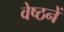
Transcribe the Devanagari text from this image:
वेष्ठनें